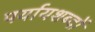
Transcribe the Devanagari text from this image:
पर्यायशब्दों